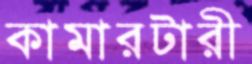
কামারটারী